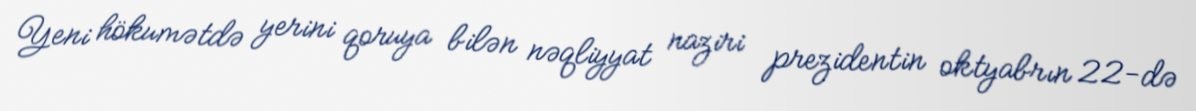
Yeni hökumətdə yerini qoruya bilən nəqliyyat naziri prezidentin oktyabrın 22-də